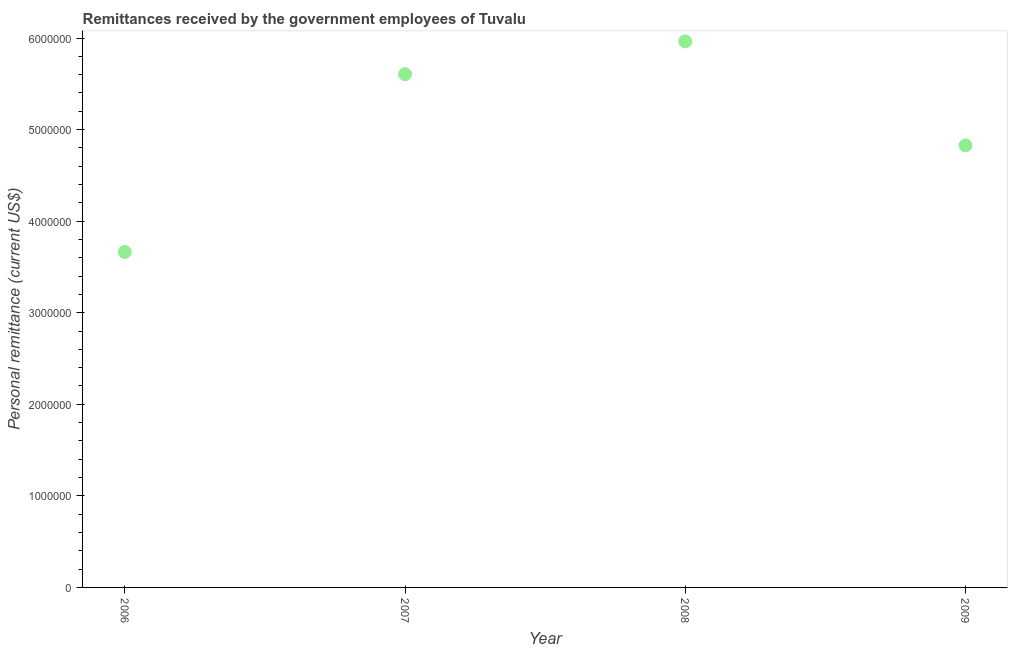
| Year | Personal remittances |
 | --- | --- |
 | 2006 | 3.66e+06 |
 | 2007 | 5.6e+06 |
 | 2008 | 5.96e+06 |
 | 2009 | 4.83e+06 |